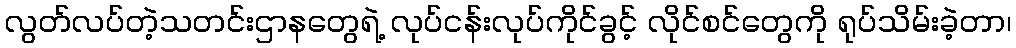
လွတ်လပ်တဲ့သတင်းဌာနတွေရဲ့ လုပ်ငန်းလုပ်ကိုင်ခွင့် လိုင်စင်တွေကို ရုပ်သိမ်းခဲ့တာ၊